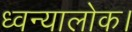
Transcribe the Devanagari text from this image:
ध्वन्यालोक।